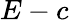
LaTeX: E-c